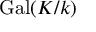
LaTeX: \operatorname { G a l } ( K / k )